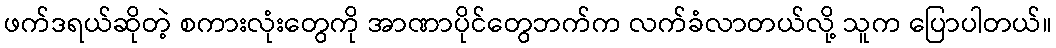
ဖက်ဒရယ်ဆိုတဲ့ စကားလုံးတွေကို အာဏာပိုင်တွေဘက်က လက်ခံလာတယ်လို့ သူက ပြောပါတယ်။